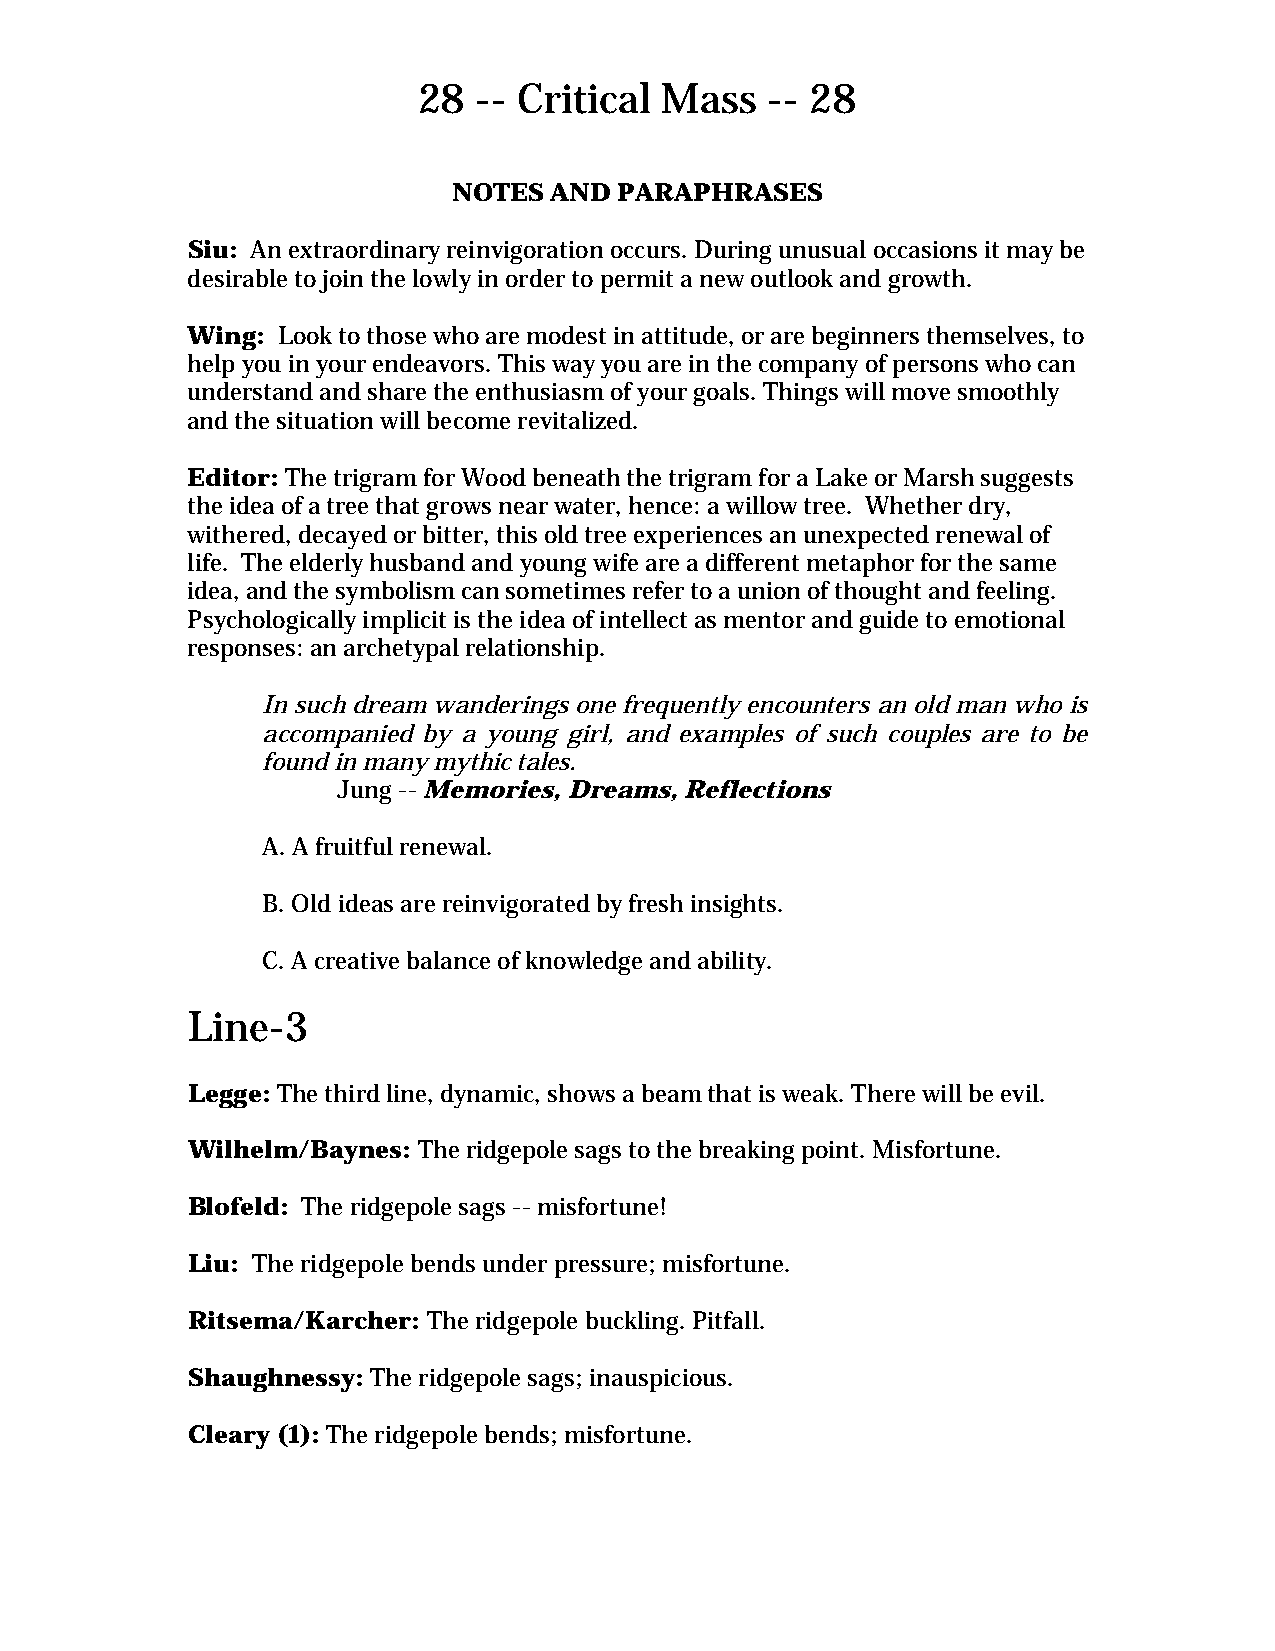
28  -- Critical Mass   -- 28
 NOTES AND  PARAPHRASES
 Siu: An extraordinary reinvigoration occurs. During unusual occasions it may be
 desirable to join the lowly in order to permit a new outlook and growth.
 Wing: Look to those who are modest in attitude, or are beginners themselves, to
 help you in your endeavors. This way you are in the company of persons who can
 understand and share the enthusiasm of your goals. Things will move smoothly
 and the situation will become revitalized.
 Editor: The trigram for Wood beneath the trigram for a Lake or Marsh suggests
 the idea of a tree that grows near water, hence: a willow tree. Whether dry,
 withered, decayed or bitter, this old tree experiences an unexpected renewal of
 life. The elderly husband and young wife are a different metaphor for the same
 idea, and the symbolism can sometimes refer to a union of thought and feeling.
 Psychologically implicit is the idea of intellect as mentor and guide to emotional
 responses: an archetypal relationship.
 In such dream wanderings one frequently encounters an old man who is
 accompanied by a young girl, and examples of such couples are to be
 found in many mythic tales.
 Jung -- Memories, Dreams, Reflections
 A. A fruitful renewal.
 B. Old ideas are reinvigorated by fresh insights.
 C. A creative balance of knowledge and ability.
 Line-3
 Legge: The third line, dynamic, shows a beam that is weak. There will be evil.
 Wilhelm/Baynes: The ridgepole sags to the breaking point. Misfortune.
 Blofeld: The ridgepole sags -- misfortune!
 Liu: The ridgepole bends under pressure; misfortune.
 Ritsema/Karcher: The ridgepole buckling. Pitfall.
 Shaughnessy: The ridgepole sags; inauspicious.
 Cleary (1): The ridgepole bends; misfortune.